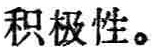
积极性。